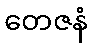
တေဇနံ